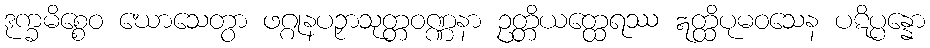
ဒုက္ခမိစ္စေဝ ဃောသေတွာ ဖဂ္ဂုနပဉှာသုတ္တဝဏ္ဏနာ ဥတ္တိယတ္ထေရဿ ဣတ္ထိပုမဝသေန ပဋိပ္ပန္နော